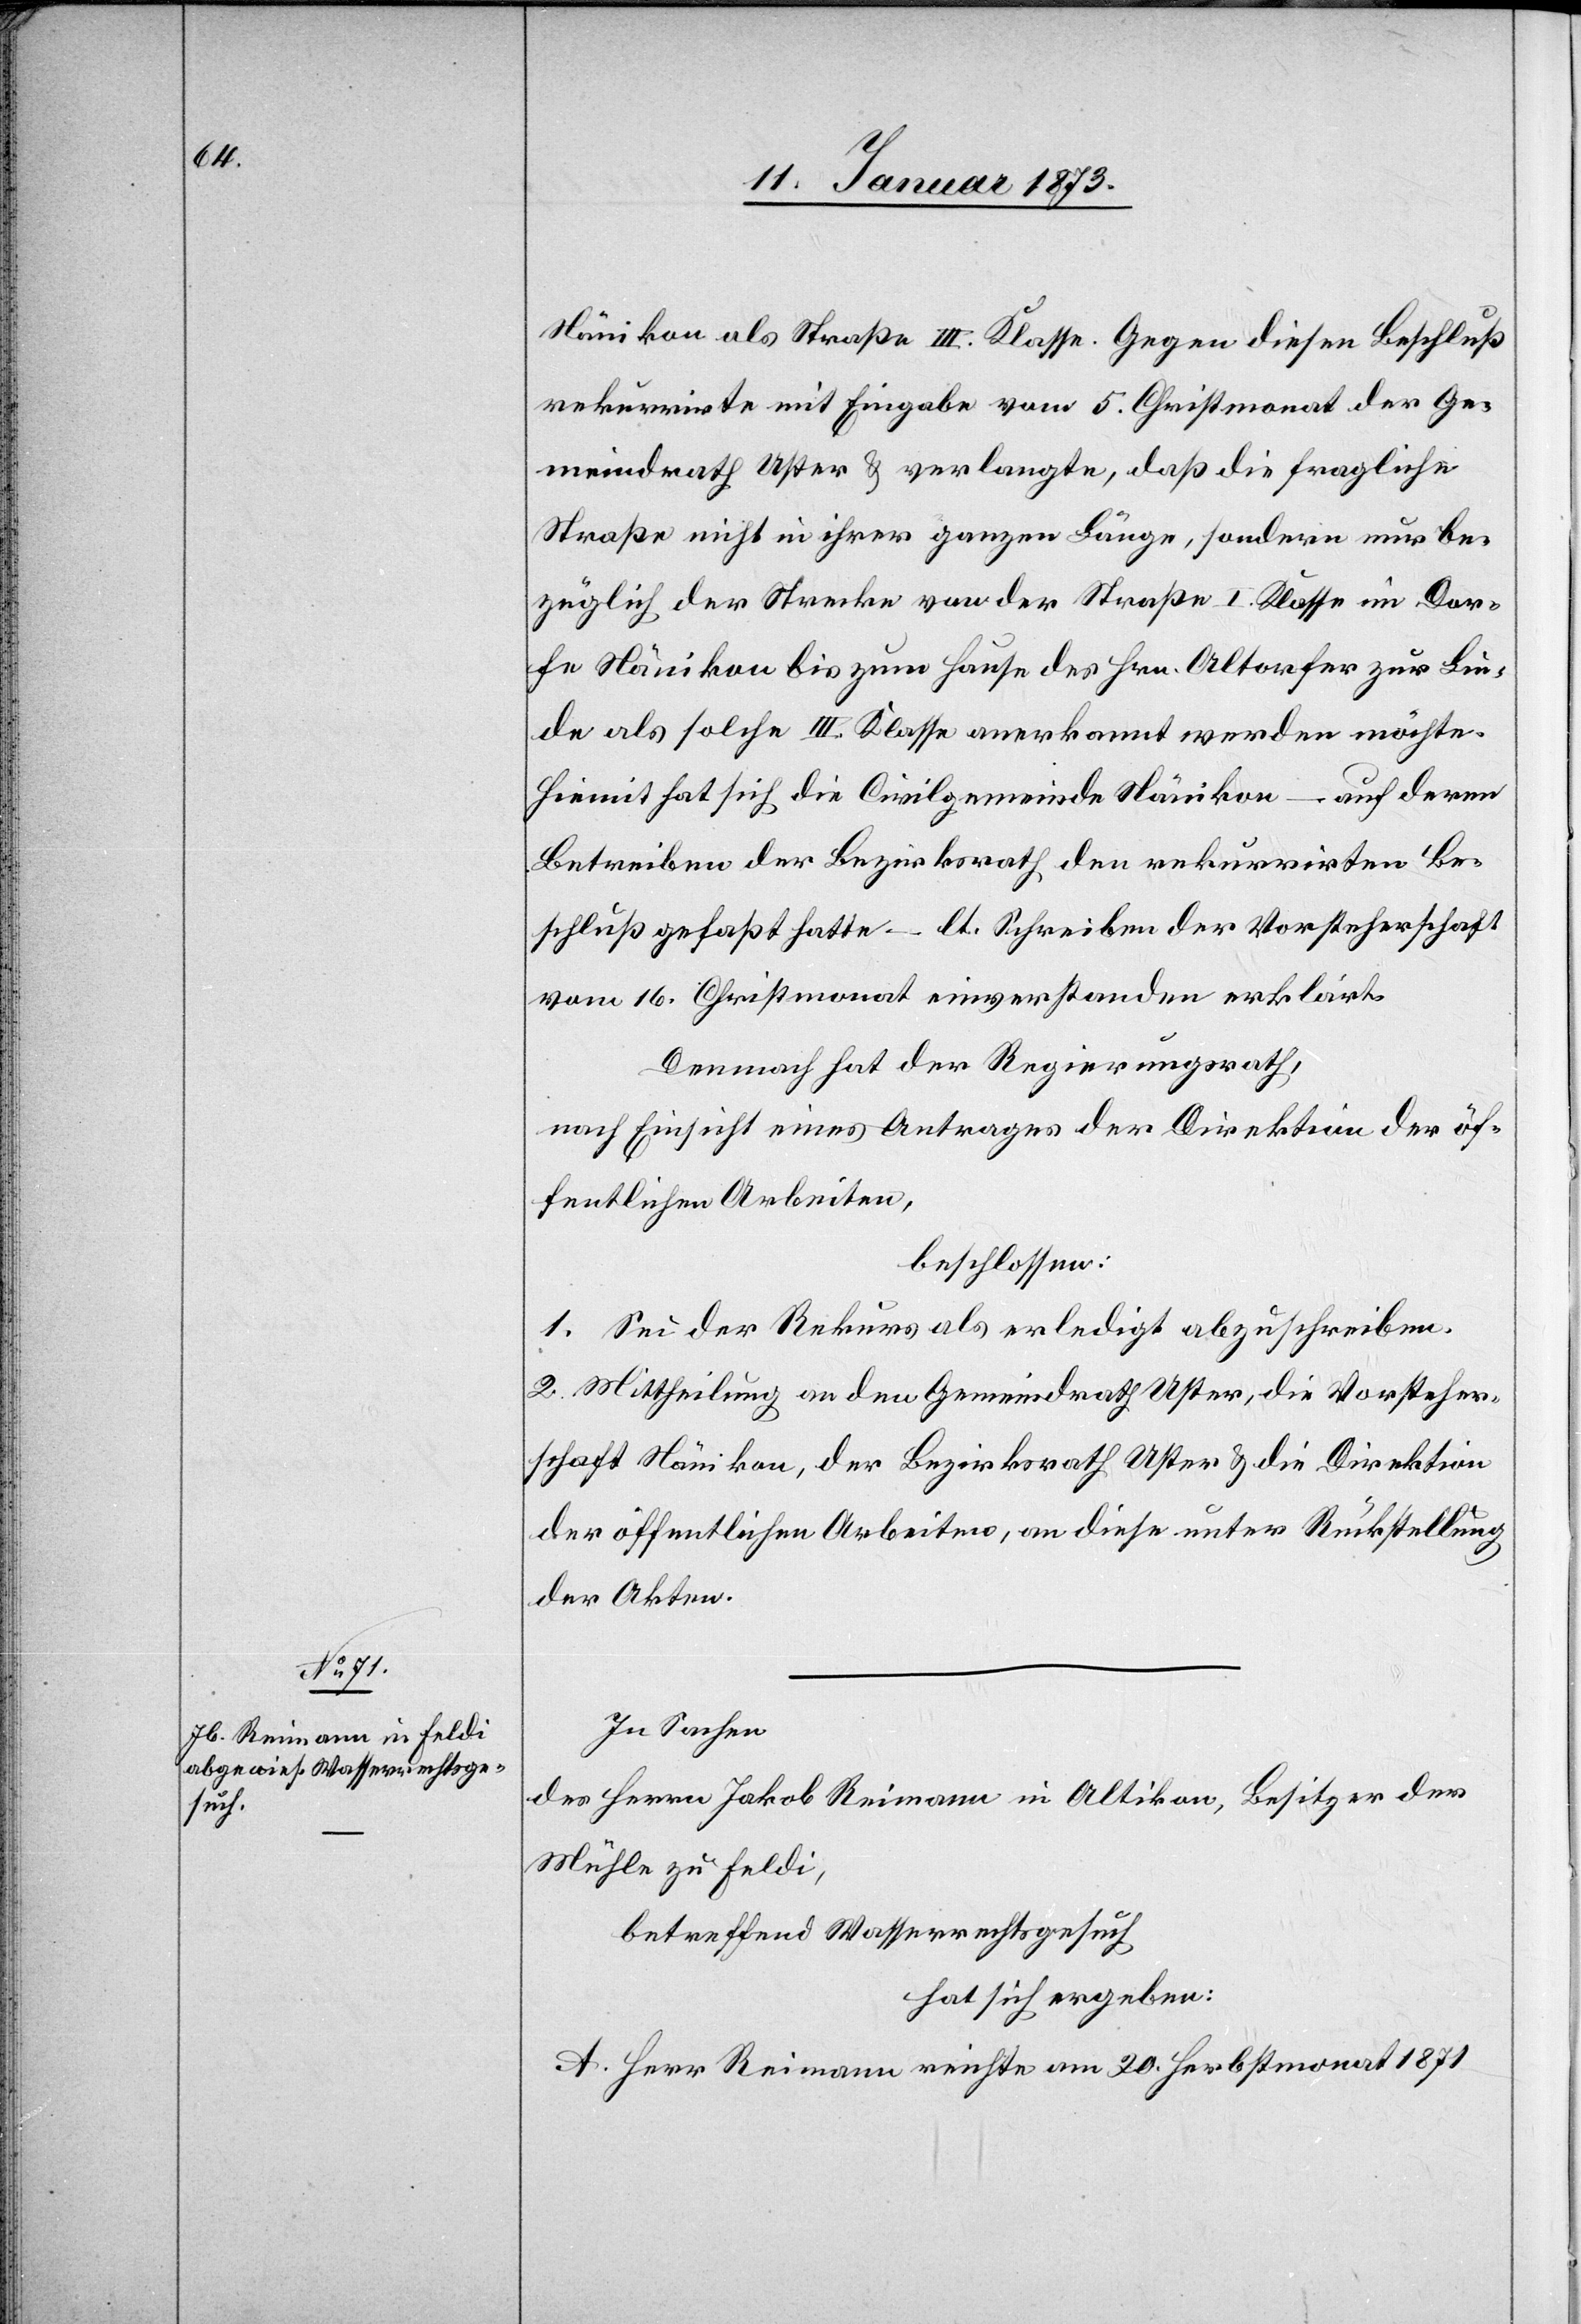
Nänikon als Straße III. Klasse. Gegen diesen Beschluß
rekurrirte mit Eingabe vom 5. Christmonat der Ge¬
meindrath Uster & verlangte, daß die fragliche
Straße nicht in ihrer ganzen Länge, sondern nur be¬
züglich der Strecke von der Straße I. Klasse im Dor¬
fe Nänikon bis zum Hause des Hrn. Altorfer zur Lin¬
de als solche III. Klasse anerkannt werden möchte.
Hiemit hat sich die Civilgemeinde Nänikon – auf deren
Betreiben der Bezirksrath den rekurrirten Be¬
schluß gefaßt hatte – lt. Schreiben der Vorsteherschaft
vom 16. Christmonat einverstanden erklärt.
Demnach hat der Regierungsrath,
nach Einsicht eines Antrages der Direktion der öf¬
fentlichen Arbeiten,
beschlossen:
1. Sei der Rekurs als erledigt abzuschreiben.
2. Mittheilung an den Gemeindrath Uster & die Direktion
der öffentlichen Arbeiten, an diese unter Rückstellung
der Akten.
In Sachen
des Herrn Jakob Reimann in Altikon, Besitzer der
Mühle zu Feldi,
betreffend Wasserrechtsgesuch
hat sich ergeben:
A. Herr Reimann reichte am 30. Herbstmonat 1871